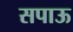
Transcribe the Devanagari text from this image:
सपाऊ